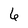
Character: 6